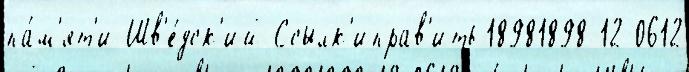
па́м'ят'и Шв'е́дск'ий Ссылк'иправ'ить 18981898-12-0612